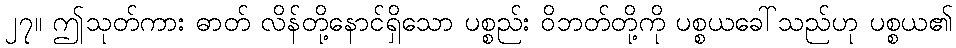
၂၇။ ဤသုတ်ကား ဓာတ် လိန်တို့နောင်ရှိသော ပစ္စည်း ဝိဘတ်တို့ကို ပစ္စယခေါ်သည်ဟု ပစ္စယ၏